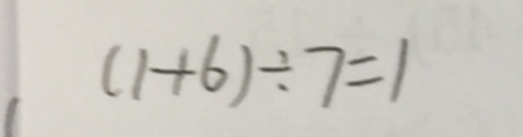
( 1 + 6 ) \div 7 = 1